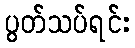
ပွတ်သပ်ရင်း